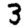
Digit: 3